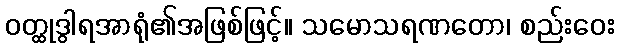
ဝတ္ထုဒွါရအာရုံ၏အဖြစ်ဖြင့်။ သမောသရဏတော၊ စည်းဝေး